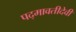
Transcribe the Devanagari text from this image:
पद्मावतीदेवी